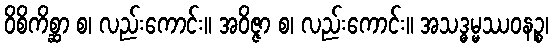
ဝိစိကိစ္ဆာ စ၊ လည်းကောင်း။ အဝိဇ္ဇာ စ၊ လည်းကောင်း။ အသဒ္ဓမ္မဿဝနဉ္စ၊